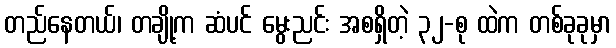
တည်နေတယ်၊ တချို့က ဆံပင် မွေးညင်း အစရှိတဲ့ ၃၂-စု ထဲက တစ်ခုခုမှာ